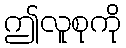
ဤလူစုကို